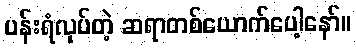
ပန်းရံလုပ်တဲ့ ဆရာတစ်ယောက်ပေါ့နော်။